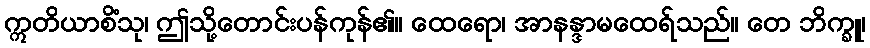
ဣတိယာစိံသု၊ ဤသို့တောင်းပန်ကုန်၏။ ထေရော၊ အာနန္ဒာမထေရ်သည်။ တေ ဘိက္ခူ၊